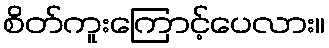
စိတ်ကူးကြောင့်ပေလား။